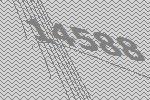
14588